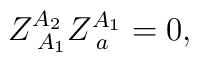
Z_{\;A_1}^{A_2}Z_{\;a}^{A_1}=0,